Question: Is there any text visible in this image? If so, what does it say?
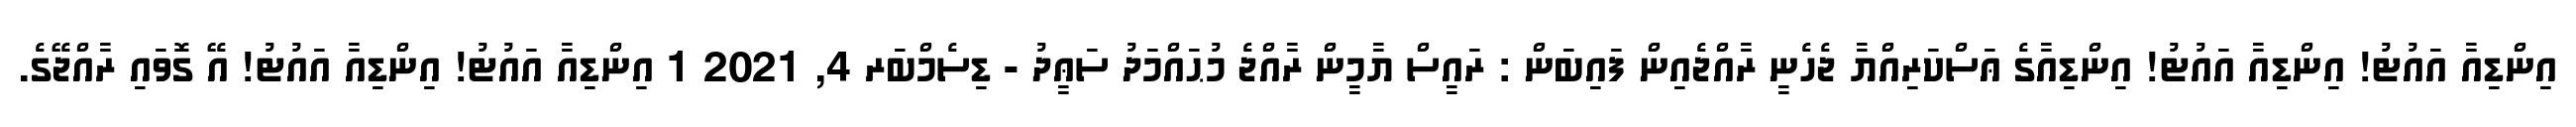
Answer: އިންޑިއާ އައުޓު! އިންޑިއާ އައުޓު! އިންޑިއާގެ ޢަސްކަރިއްޔާ ޖެހެނީ ރާއްޖެއިން ފައިބަން : ރައީސް ޔާމީން ރާއްޖެ މުޙައްމަދު ސަޢީދު - ޑިސެމްބަރ 4, 2021 1 އިންޑިއާ އައުޓު! އިންޑިއާ އައުޓު! އޭ ގޮވައި ރާއްޖޭގެ.